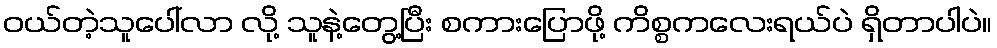
ဝယ်တဲ့သူပေါ်လာ လို့ သူနဲ့တွေ့ပြီး စကားပြောဖို့ ကိစ္စကလေးရယ်ပဲ ရှိတာပါပဲ။